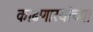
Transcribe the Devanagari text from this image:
काढणारयांच्या